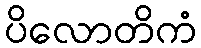
ပိလောတိကံ